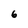
Character: 6